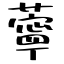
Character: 薴